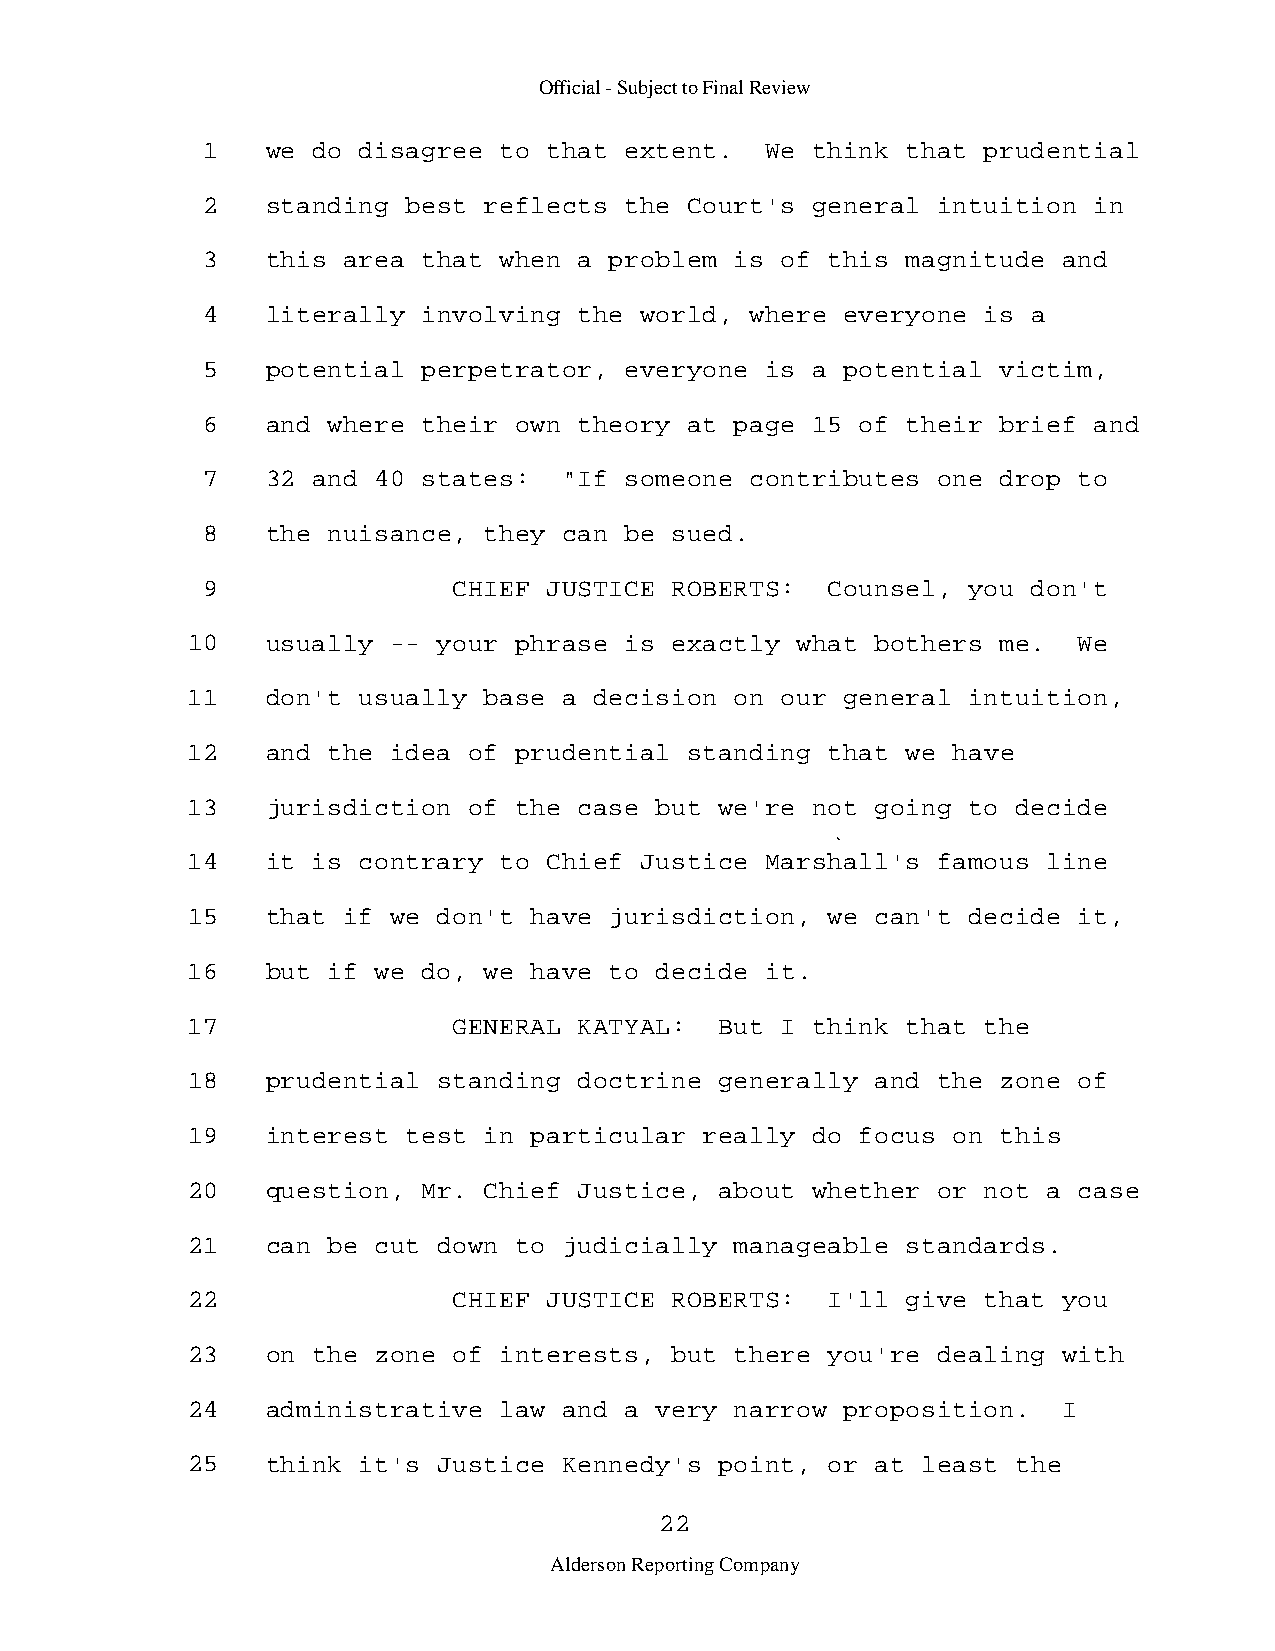
Official - Subject to Final Review
 1    we do disagree to that extent.   We think that prudential
 2    standing best reflects the  Court's general intuition in
 3    this area that when a problem  is of this magnitude and
 4    literally involving the world,  where everyone is a
 5    potential perpetrator, everyone  is a potential victim,
 6    and where their own theory  at page 15 of their brief and
 7    32 and 40 states:  "If someone  contributes one drop to
 8    the nuisance, they can be sued.
 9                CHIEF JUSTICE ROBERTS:   Counsel, you don't
 10    usually -- your phrase is exactly  what bothers me.  We
 11    don't usually base a decision  on our general intuition,
 12    and the idea of prudential  standing that we have
 13    jurisdiction of the case but  we're not going to decide
 14    it is contrary to Chief Justice  Marshall's famous line
 15    that if we don't have jurisdiction,  we can't decide it,
 16    but if we do, we have to decide  it.
 17                GENERAL KATYAL:   But I think that the
 18    prudential standing doctrine  generally and the zone of
 19    interest test in particular  really do focus on this
 20    question, Mr. Chief Justice,  about whether or not a case
 21    can be cut down to judicially  manageable standards.
 22                CHIEF JUSTICE ROBERTS:   I'll give that you
 23    on the zone of interests, but  there you're dealing with
 24    administrative law and a very  narrow proposition.  I
 25    think it's Justice Kennedy's  point, or at least the
 22
 Alderson Reporting Company